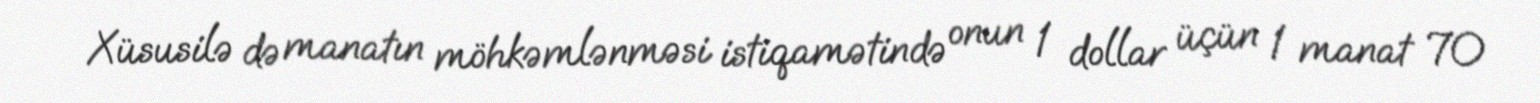
Xüsusilə də manatın möhkəmlənməsi istiqamətində onun 1 dollar üçün 1 manat 70